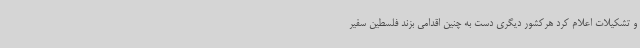
و تشکیلات اعلام کرد هرکشور دیگری دست به چنین اقدامی بزند فلسطین سفیر